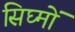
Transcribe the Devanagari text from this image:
सिघ्मों